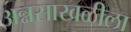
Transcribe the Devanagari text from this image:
अन्नसाखळीला